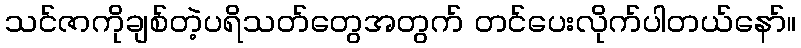
သင်ဇာကိုချစ်တဲ့ပရိသတ်တွေအတွက် တင်ပေးလိုက်ပါတယ်နော်။